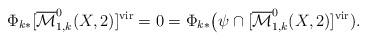
LaTeX: \begin{align*}\Phi_{k*}[\overline{\mathcal{M}}^0_{1,k}(X,2)]^{\mathrm{vir}}=0=\Phi_{k*}\big(\psi\cap [\overline{\mathcal{M}}^0_{1,k}(X,2)]^{\mathrm{vir}}).\end{align*}